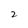
Character: 2